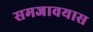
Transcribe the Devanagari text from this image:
समजावयास